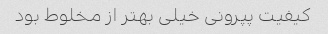
کیفیت پپرونی خیلی بهتر از مخلوط بود